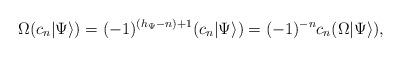
LaTeX: \begin{align*}\Omega (c_n|\Psi\rangle)=(-1)^{(h_{\Psi}-n)+1}(c_n|\Psi\rangle)=(-1)^{-n}c_n(\Omega|\Psi\rangle),\end{align*}